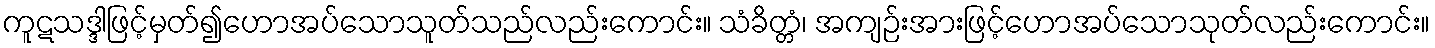
ကူဋသဒ္ဒါဖြင့်မှတ်၍ဟောအပ်သောသူတ်သည်လည်းကောင်း။ သံခိတ္တံ၊ အကျဉ်းအားဖြင့်ဟောအပ်သောသုတ်လည်းကောင်း။